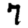
Digit: 7